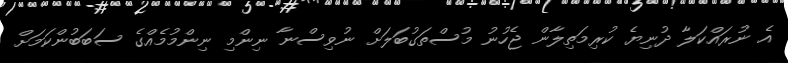
އެ ނުރައްކަލާ ދުނިޔެ ކުރިމަތިލާން ޖެހުނު މުސްތަގުބަލަަށް ނުވިސްނާ ނިންމި ނިންމުމެއްގެ ސަބަބުންކަމަށް